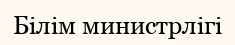
Білім министрлігі